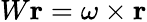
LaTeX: W\mathbf{r}=\omega\times\mathbf{r}